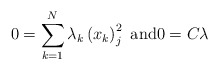
\begin{align*}0=\sum_{k=1}^{N}\lambda_{k}\left( x_{k}\right) _{j}^{2}\text{ and}0=C\lambda\end{align*}